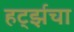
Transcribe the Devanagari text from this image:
हर्ट्झचा